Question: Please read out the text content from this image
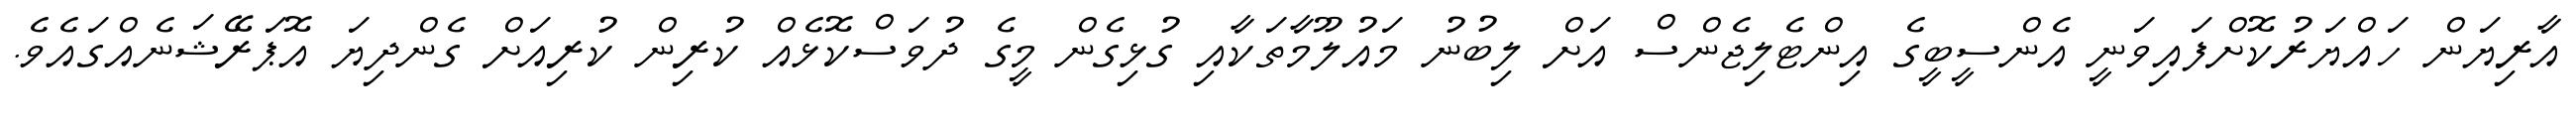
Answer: އާރިޔަން ހައްޔަރުކޮށްފައިވަނީ އެންސީބީގެ އިންޓެލިޖެންސް އަށް ލިބުނު މައުލޫމާތަކާއި ގުޅިގެން މީގެ ދުވަސްކޮޅެއް ކުރިން ކުރިއަށް ގެންދިޔަ އޮޕަރޭޝަނެއްގައެވެ.